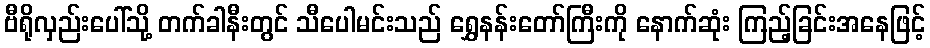
ဗီရိုလှည်းပေါ်သို့ တက်ခါနီးတွင် သီပေါမင်းသည် ရွှေနန်းတော်ကြီးကို နောက်ဆုံး ကြည့်ခြင်းအနေဖြင့်